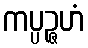
ကပ္ပဉ္ဇဟံ